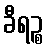
ခီရဉ္စ